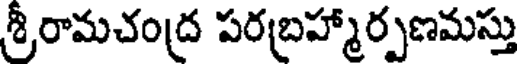
శ్రీరామచంద్ర పరబ్రహ్మార్పణమస్తు